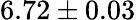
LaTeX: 6.72\pm 0.03